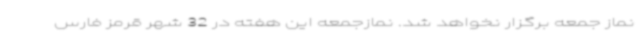
نماز جمعه برگزار نخواهد شد. نمازجمعه این هفته در 32 شهر قرمز فارس